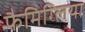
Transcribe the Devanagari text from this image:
फैमिग्लिया